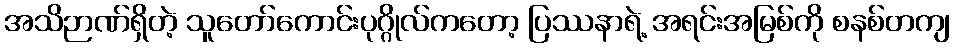
အသိဉာဏ်ရှိတဲ့ သူတော်ကောင်းပုဂ္ဂိုလ်ကတော့ ပြဿနာရဲ့ အရင်းအမြစ်ကို စနစ်တကျ